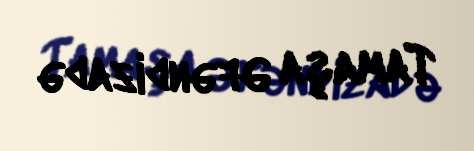
Tamaşa Əfəndizadə